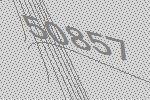
50857